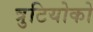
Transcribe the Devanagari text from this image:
त्रुटियोको